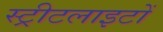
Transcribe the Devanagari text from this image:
स्‍ट्रीटलाइटों